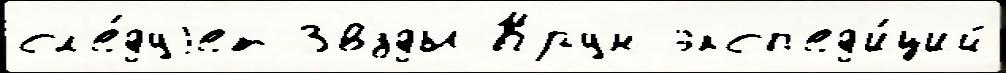
сл'е́дуjет Зв'́зды Крун эксп'ед'и́ций